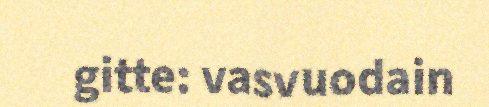
gitte: vasvuodain